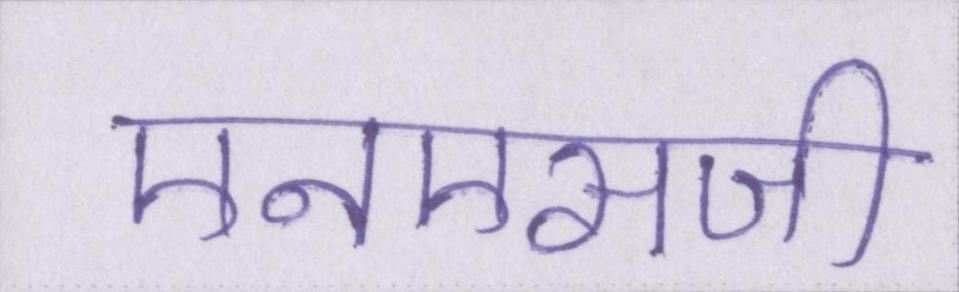
एनएसजी